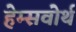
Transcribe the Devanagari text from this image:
हेम्सवोर्थ